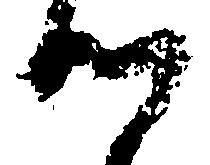
候